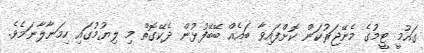
ގައުމީ ޓީމުގެ މެނޭޖަރުކަން ކޮށްފައިވާ ބައެއް ބޭބޭފުޅުން ދެކޭގޮތް މި ލިޔުމުގައި ހިމަނާލާނަމެވެ.